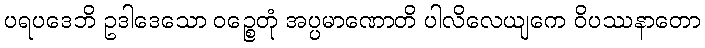
ပရပဒေဘိ ဥဒါဒေသော ဝဉ္စေတုံ အပ္ပမာဏောတိ ပါလိလေယျကေ ဝိပဿနာတော